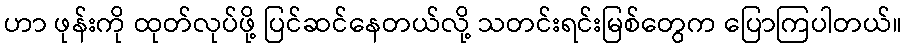
ဟာ ဖုန်းကို ထုတ်လုပ်ဖို့ ပြင်ဆင်နေတယ်လို့ သတင်းရင်းမြစ်တွေက ပြောကြပါတယ်။